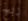
ربح